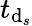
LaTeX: t_{{\mathrm{d}}_{s}}